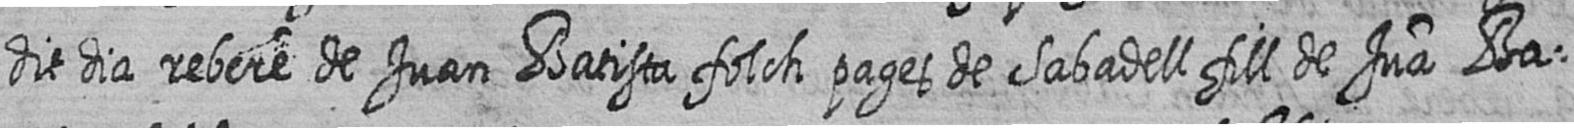
dit dia rebere de Juan Batista folch pages de Sabadell fill de Jua Ba=